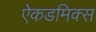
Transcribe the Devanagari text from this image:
ऐकडमिक्स